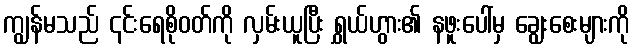
ကျွန်မသည် ၎င်းရေစိုဝတ်ကို လှမ်းယူပြီး ရွှယ်ဟွား၏ နဖူးပေါ်မှ ချွေးစေးများကို